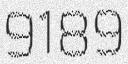
9189